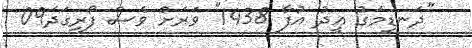
"ދަނޑިމަގު ޢީދު އުފާ 1438" ވަރަށް ވެސް ފޯރިގަދަ09